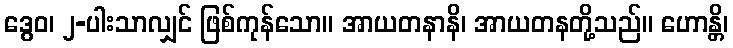
ဒွေဝ၊ ၂-ပါးသာလျှင် ဖြစ်ကုန်သော။ အာယတနာနိ၊ အာယတနတို့သည်။ ဟောန္တိ၊